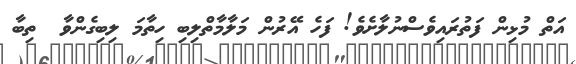
އަތް މުޅިން ފަތުރައިވެސްނުލާށެވެ! ފަހެ އޭރުން މަލާމާތްލިބި ހިތާމަ ލިބިގެންވާ  ތިބާ